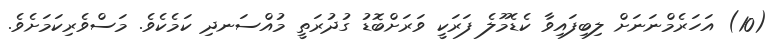
(10) އަހަރެމްނަނަށް ލިބިފައިވާ ކެޑެމޫލެ ފަރަކީ ވަރަށްބޮޑު ގުދުރަތީ މުއްސަނދި ކަމެކެވެ. މަސްވެރިކަމަށެވެ.